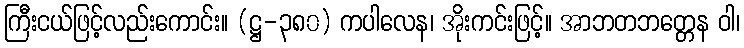
ကြီးငယ်ဖြင့်လည်းကောင်း။ (ဋ္ဌ-၃၈၀) ကပါလေန၊ အိုးကင်းဖြင့်။ အာဘတဘတ္တေန ဝါ၊